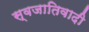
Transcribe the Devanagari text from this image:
स्वजातिवादी